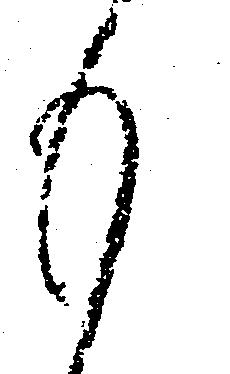
も